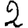
Digit: 2